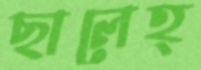
ছালেহ্